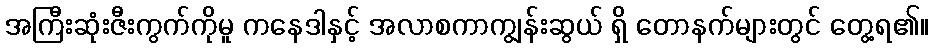
အကြီးဆုံးဇီးကွက်ကိုမူ ကနေဒါနှင့် အလာစကာကျွန်းဆွယ် ရှိ တောနက်များတွင် တွေ့ရ၏။